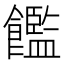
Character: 𫗝